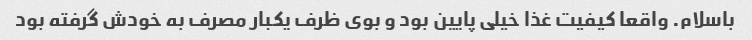
باسلام. واقعا کیفیت غذا خیلی پایین بود و بوی ظرف یکبار مصرف به خودش گرفته بود